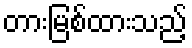
တားမြစ်ထားသည့်